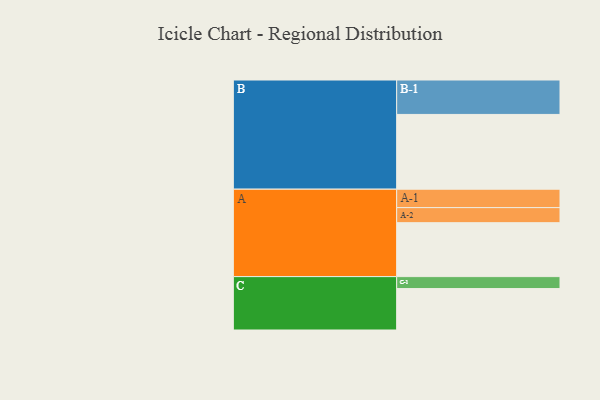
{"axis": {"x": "Segment", "y": "Value"}, "legend": ["", "A", "B", "C"], "data": [{"x": "A", "y": 401, "type": ""}, {"x": "B", "y": 556, "type": ""}, {"x": "C", "y": 308, "type": ""}, {"x": "A-1", "y": 137, "type": "A"}, {"x": "A-2", "y": 112, "type": "A"}, {"x": "B-1", "y": 256, "type": "B"}, {"x": "C-1", "y": 89, "type": "C"}]}